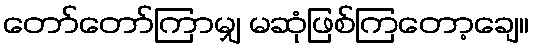
တော်တော်ကြာမျှ မဆုံဖြစ်ကြတော့ချေ။